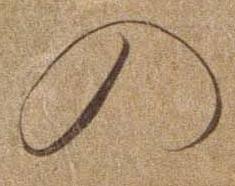
の